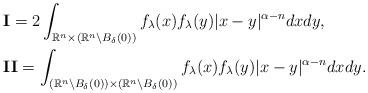
LaTeX: \begin{align*} &\textbf{I}=2\int_{\mathbb{R}^n\times(\mathbb{R}^n\backslash B_\delta(0))}f_\lambda(x)f_\lambda(y)|x-y|^{\alpha-n}dxdy,\\ &\textbf{II}=\int_{(\mathbb{R}^n\backslash B_\delta(0))\times(\mathbb{R}^n\backslash B_\delta(0))}f_\lambda(x)f_\lambda(y)|x-y|^{\alpha-n}dxdy.\end{align*}